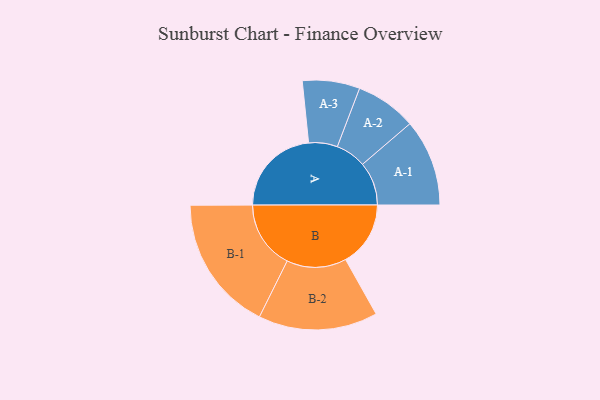
{"axis": {"x": "Segment", "y": "Value"}, "legend": ["", "A", "B"], "data": [{"x": "A", "y": 390, "type": ""}, {"x": "B", "y": 281, "type": ""}, {"x": "A-1", "y": 188, "type": "A"}, {"x": "A-2", "y": 132, "type": "A"}, {"x": "A-3", "y": 124, "type": "A"}, {"x": "B-1", "y": 294, "type": "B"}, {"x": "B-2", "y": 258, "type": "B"}]}